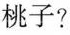
桃子?